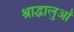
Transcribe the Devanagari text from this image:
श्राद्धालुओं